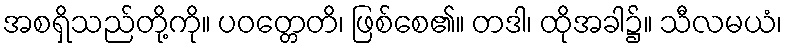
အစရှိသည်တို့ကို။ ပဝတ္တေတိ၊ ဖြစ်စေ၏။ တဒါ၊ ထိုအခါ၌။ သီလမယံ၊